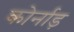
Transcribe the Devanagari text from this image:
कोर्नाड़